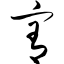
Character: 宥